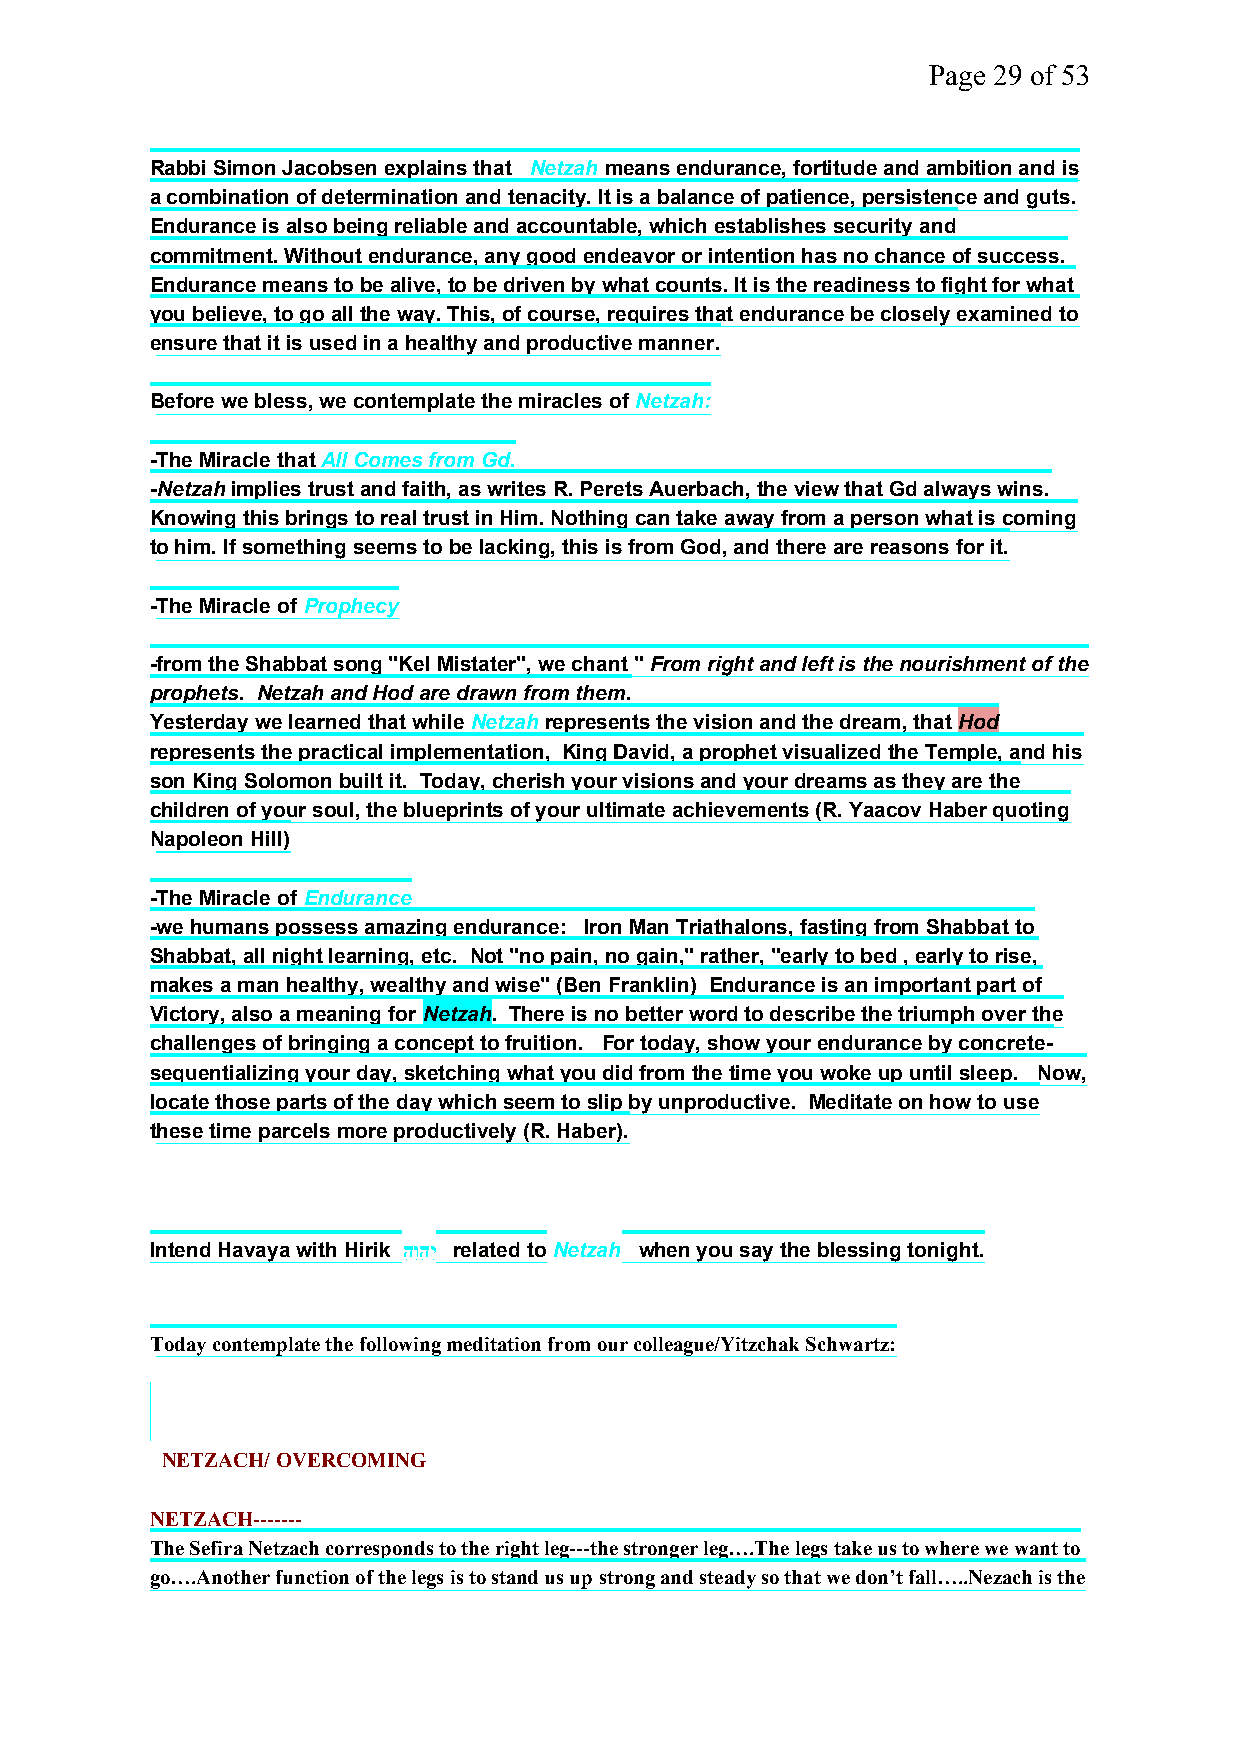
Page 29 of 53
 Rabbi Simon Jacobsen explains that Netzah means endurance, fortitude and ambition and is
 a combination of determination and tenacity. It is a balance of patience, persistence and guts.
 Endurance is also being reliable and accountable, which establishes security and
 commitment. Without endurance, any good endeavor or intention has no chance of success.
 Endurance means to be alive, to be driven by what counts. It is the readiness to fight for what
 you believe, to go all the way. This, of course, requires that endurance be closely examined to
 ensure that it is used in a healthy and productive manner.
 Before we bless, we contemplate the miracles ofNetzah:
 -The Miracle thatAll Comes from Gd.
 -Netzahimplies trust and faith, as writes R. Perets Auerbach, the view that Gd always wins.
 Knowing this brings to real trust in Him. Nothing can take away from a person what is coming
 to him. If something seems to be lacking, this is from God, and there are reasons for it.
 -The Miracle of Prophecy
 -from the Shabbat song "Kel Mistater", we chant "From right and left is the nourishment of the
 prophets. Netzah and Hod are drawn from them.
 Yesterday we learned that whileNetzahrepresents the vision and the dream, thatHod
 represents the practical implementation, King David, a prophet visualized the Temple, and his
 son King Solomon built it. Today, cherish your visions and your dreams as they are the
 children of your soul, the blueprints of your ultimate achievements (R. Yaacov Haber quoting
 Napoleon Hill)
 -The Miracle of Endurance
 -we humans possess amazing endurance: Iron Man Triathalons, fasting from Shabbat to
 Shabbat, all night learning, etc. Not "no pain, no gain," rather, "early to bed , early to rise,
 makes a man healthy, wealthy and wise" (Ben Franklin) Endurance is an important part of
 Victory, also a meaning for Netzah. There is no better word to describe the triumph over the
 challenges of bringing a concept to fruition. For today, show your endurance by concrete-
 sequentializing your day, sketching what you did from the time you woke up until sleep. Now,
 locate those parts of the daywhichseem to slip by unproductive. Meditate on how to use
 these time parcels more productively (R. Haber).
 Intend Havaya with Hirik הִוִהִיִ related toNetzah when you say the blessing tonight.
 Today contemplate the following meditation from our colleague/Yitzchak Schwartz:
 NETZACH/ OVERCOMING
 NETZACH-------
 The Sefira Netzach corresponds to the right leg---the stronger leg….The legs take us to where we want to
 go….Another function of the legs is to stand us up strong and steady so that we don’t fall…..Nezach is the